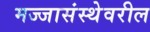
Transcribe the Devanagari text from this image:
मज्जासंस्थेवरील